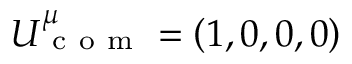
U _ { \mathrm { ~ c ~ o ~ m ~ } } ^ { \mu } = \left( 1 , 0 , 0 , 0 \right)